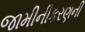
જામીનીકરણની